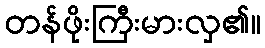
တန်ဖိုးကြီးမားလှ၏။